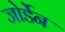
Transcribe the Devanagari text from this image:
जोर्डेन